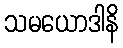
သမယောဒါနိ